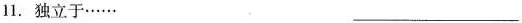
11. 独立于…… ___